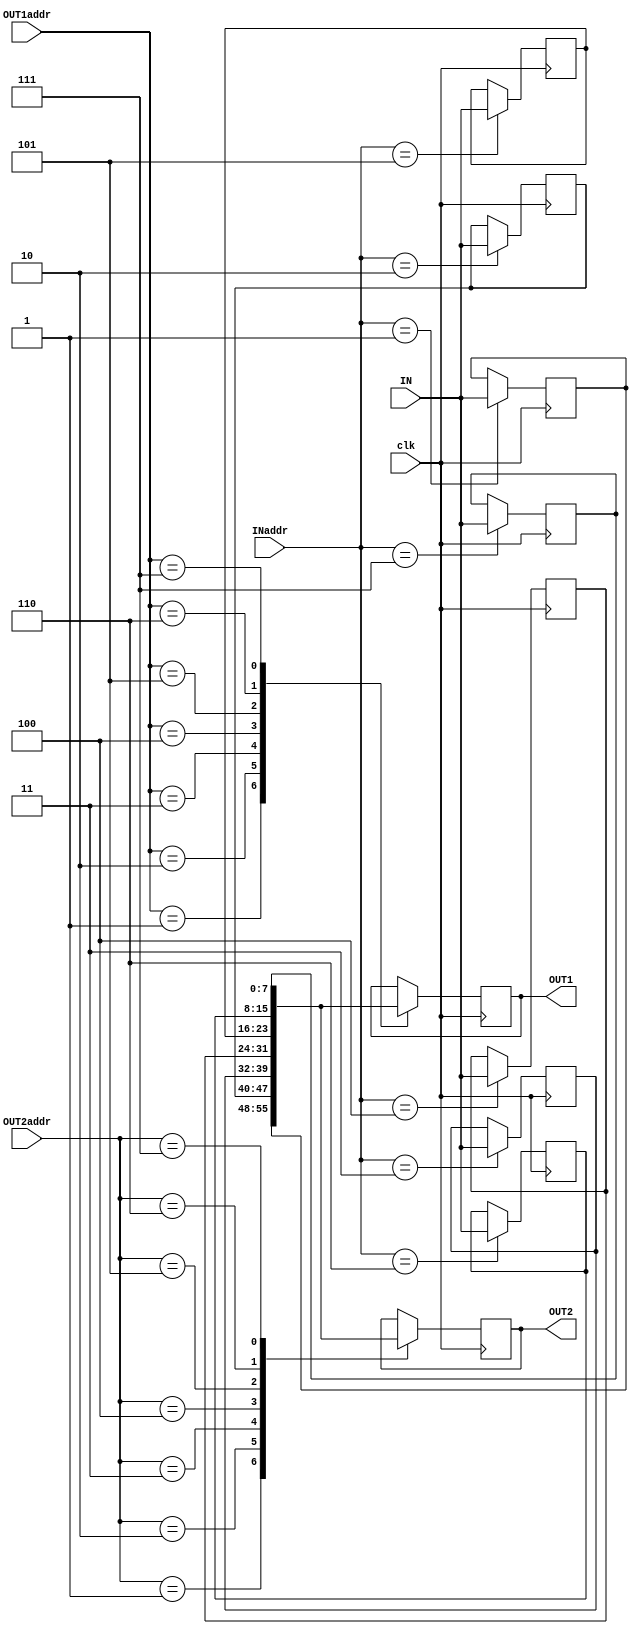
module regfile ( clk, INaddr, IN, OUT1addr, OUT1, OUT2addr, OUT2);
	
	input [2:0] OUT1addr,OUT2addr,INaddr;
	input [7:0] IN;
	input clk;
	output [7:0] OUT1,OUT2;

	reg [7:0] reg1 =0;
	reg [7:0] reg2 =0;
	reg [7:0] reg3 =0;
	reg [7:0] reg4 =0;
	reg [7:0] reg5 =0;
	reg [7:0] reg6 =0;
	reg [7:0] reg7 =0;
	reg [7:0] reg8 =0;
	reg [7:0] res1;
	reg [7:0] res2;
	assign OUT1=res1;
	assign OUT2=res2;
	
	
	always @(negedge clk) begin
		
		case(INaddr)
		 
		 1: reg1=IN;
		 2: reg2=IN;
		 3: reg3=IN;
		 4: reg4=IN;
		 5: reg5=IN;
		 6: reg6=IN;
		 7: reg7=IN;
		 8: reg8=IN;
		 
		endcase
		
	end	
	

	always @(posedge clk) begin
		
		case(OUT1addr)
		 
		 1: res1=reg1;
		 2: res1=reg2;
		 3: res1=reg3;
		 4: res1=reg4;
		 5: res1=reg5;
		 6: res1=reg6;
		 7: res1=reg7;
		 8: res1=reg8;
		 
		endcase	
		case(OUT2addr)
		 
		 1: res2=reg1;
		 2: res2=reg2;
		 3: res2=reg3;
		 4: res2=reg4;
		 5: res2=reg5;
		 6: res2=reg6;
		 7: res2=reg7;
		 8: res2=reg8;
		 
		endcase	
			
			
	end

endmodule


module testregeter;
 
reg [2:0] INaddr,OUT1addr,OUT2addr;
reg clk;
reg [7:0] IN;
wire [7:0] OUT1,OUT2;
 
    	regfile regf ( clk, INaddr, IN, OUT1addr, OUT1, OUT2addr, OUT2);

    	initial begin
    	clk = 1'b0; end
    	always #10 clk = ~clk;
 
initial begin

	IN = 12;
	INaddr = 5;
	OUT1addr = 5;
	OUT2addr = 3;

#10							
	$display("OUT1addr=>%d OUT1 = %d OUT2addr=>%d OUT2 = %d ",OUT1addr,OUT1,OUT2addr,OUT2);
#10							
	$display("OUT1addr=>%d OUT1 = %d OUT2addr=>%d OUT2 = %d",OUT1addr,OUT1,OUT2addr,OUT2);								
	IN = 7;
	INaddr = 3;
#10
	$display("OUT1addr=>%d OUT1 = %d OUT2addr=>%d OUT2 = %d ",OUT1addr,OUT1,OUT2addr,OUT2);		
#10
	$display("OUT1addr=>%d OUT1 = %d OUT2addr=>%d OUT2 = %d ",OUT1addr,OUT1,OUT2addr,OUT2);		

$finish;

end
endmodule